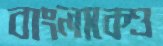
বাংলাকেও